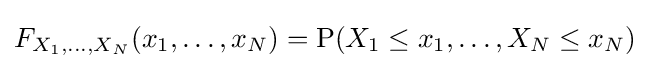
F_{X_{1},\ldots ,X_{N}}(x_{1},\ldots ,x_{N})=\operatorname {P} (X_{1}\leq x_{1},\ldots ,X_{N}\leq x_{N})